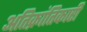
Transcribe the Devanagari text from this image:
अतिक्रांतिकारी